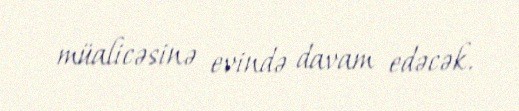
müalicəsinə evində davam edəcək.